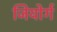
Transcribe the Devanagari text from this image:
जियोर्ग